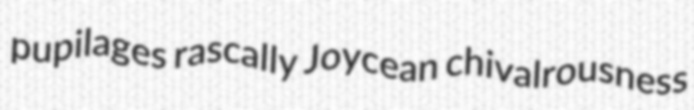
pupilages rascally Joycean chivalrousness